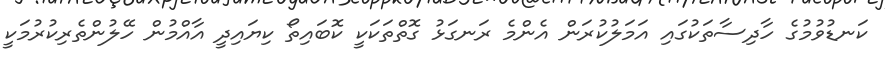
ކަނޑުވުމުގެ ހާދިސާތަކުގައި އަމަލުކުރަން އެންމެ ރަނގަޅު ގޮތްތަކަކީ ކޮބައިތޯ ކިޔައިދީ އާއްމުން ހޭލުންތެރިކުރުމަކީ